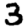
Digit: 3